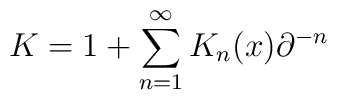
K = 1 + \sum_{n=1}^\infty K_n (x) \partial^{-n}